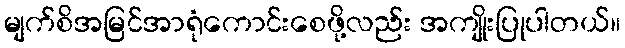
မျက်စိအမြင်အာရုံကောင်းစေဖို့လည်း အကျိုးပြုပါတယ်။